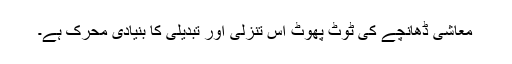
معاشی ڈھانچے کی ٹوٹ پھوٹ اس تنزلی اور تبدیلی کا بنیادی محرک ہے۔